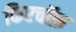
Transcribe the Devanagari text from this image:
किरचॉफ़